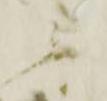
ニ